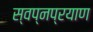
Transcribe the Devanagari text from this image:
स्वप्नप्रयाण